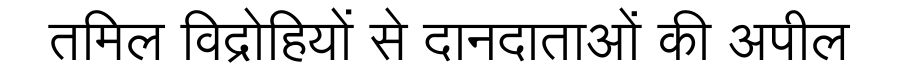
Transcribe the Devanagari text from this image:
तमिल विद्रोहियों से दानदाताओं की अपील